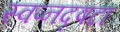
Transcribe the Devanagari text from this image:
स्वप्नदृषटा